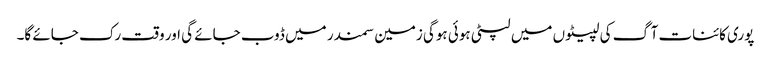
پوری کائنات آگ کی لپیٹوں میں لپٹی ہوئی ہوگی زمین سمندر میں ڈوب جائے گی اور وقت رک جائے گا۔